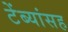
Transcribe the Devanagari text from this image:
टेंब्यांसह